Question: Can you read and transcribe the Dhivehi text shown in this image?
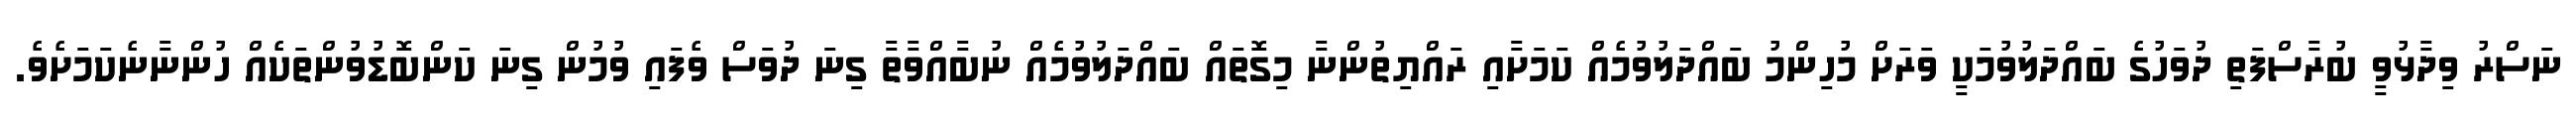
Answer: ނަސްރު ވިދާޅުވީ ބުރާސްފަތި ދުވަހުގެ ބައްދަލުވުމަކީ ވަރަށް މުހިންމު ބައްދަލުވުމެއް ކަމަށާއި ރައްޔިތުންނާ މިގޮތައް ބައްދަލުވުމެއް ނުބާއްވާތާ ގިނަ ދުވަސް ވެފައި ވުމުން ގިނަ ކަންބޮޑުވުންތަކެއް ހުންނާނެކަމަށެވެ.